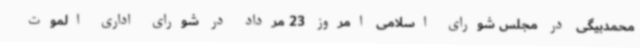
محمدبیگی در مجلس شورای اسلامی امروز 23 مرداد در شورای اداری الموت